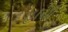
હાચી